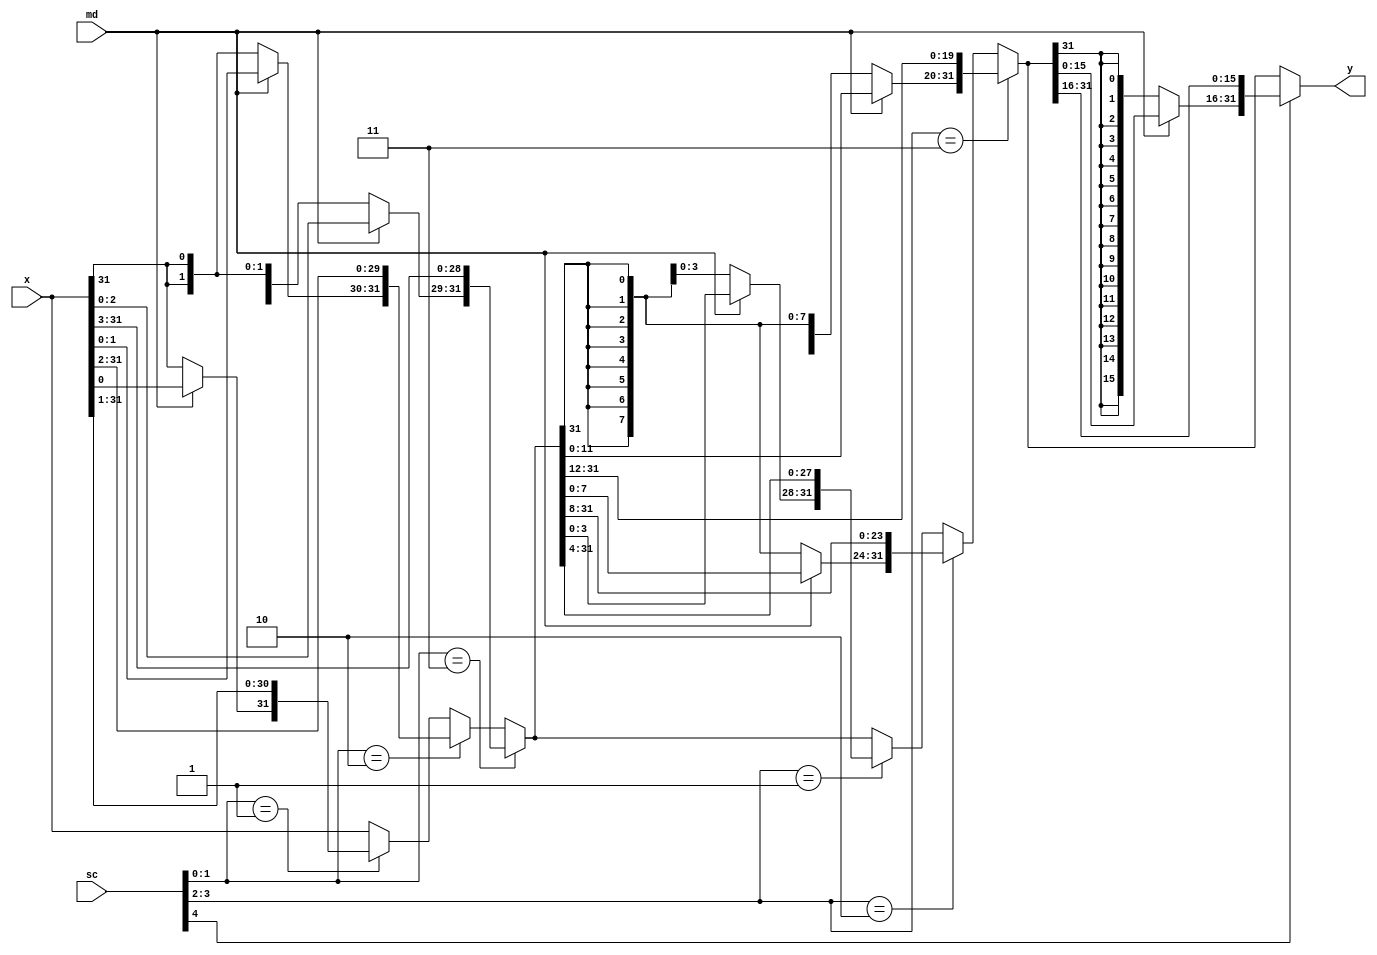
`timescale 1ns / 1ps  // NW 9.11.2016

module RightShifter(
input [31:0] x,
input [4:0] sc,
input md,
output [31:0] y);

// shifter for ASR and ROR
wire [1:0] sc0, sc1;
wire [31:0] s1, s2;

assign sc0 = sc[1:0];
assign sc1 = sc[3:2];

assign s1 = (sc0 == 3) ? {(md ? x[2:0] : {3{x[31]}}), x[31:3]} :
    (sc0 == 2) ? {(md ? x[1:0] : {2{x[31]}}), x[31:2]} :
    (sc0 == 1) ? {(md ? x[0] : x[31]), x[31:1]} : x;

assign s2 = (sc1 == 3) ? {(md ? s1[11:0] : {12{s1[31]}}), s1[31:12]} :
    (sc1 == 2) ? {(md ? s1[7:0] : {8{s1[31]}}), s1[31:8]} :
    (sc1 == 1) ? {(md ? s1[3:0] : {4{s1[31]}}), s1[31:4]} : s1;
assign y = sc[4] ? {(md ? s2[15:0] : {16{s2[31]}}), s2[31:16]} : s2;
endmodule